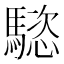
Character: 𩥝